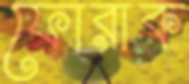
ফোরাক